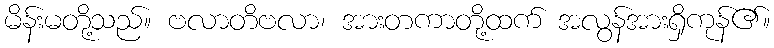
မိန်းမတို့သည်။ ဗလာတိဗလာ၊ အားတကာတို့ထက် အလွန်အားရှိကုန်၏။